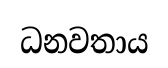
ධනවතාය